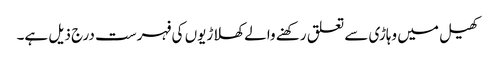
کھیل میں وہاڑی سے تعلق رکھنے والے کھلاڑیوں کی فہرست درج ذیل ہے۔